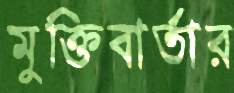
মুক্তিবার্তার